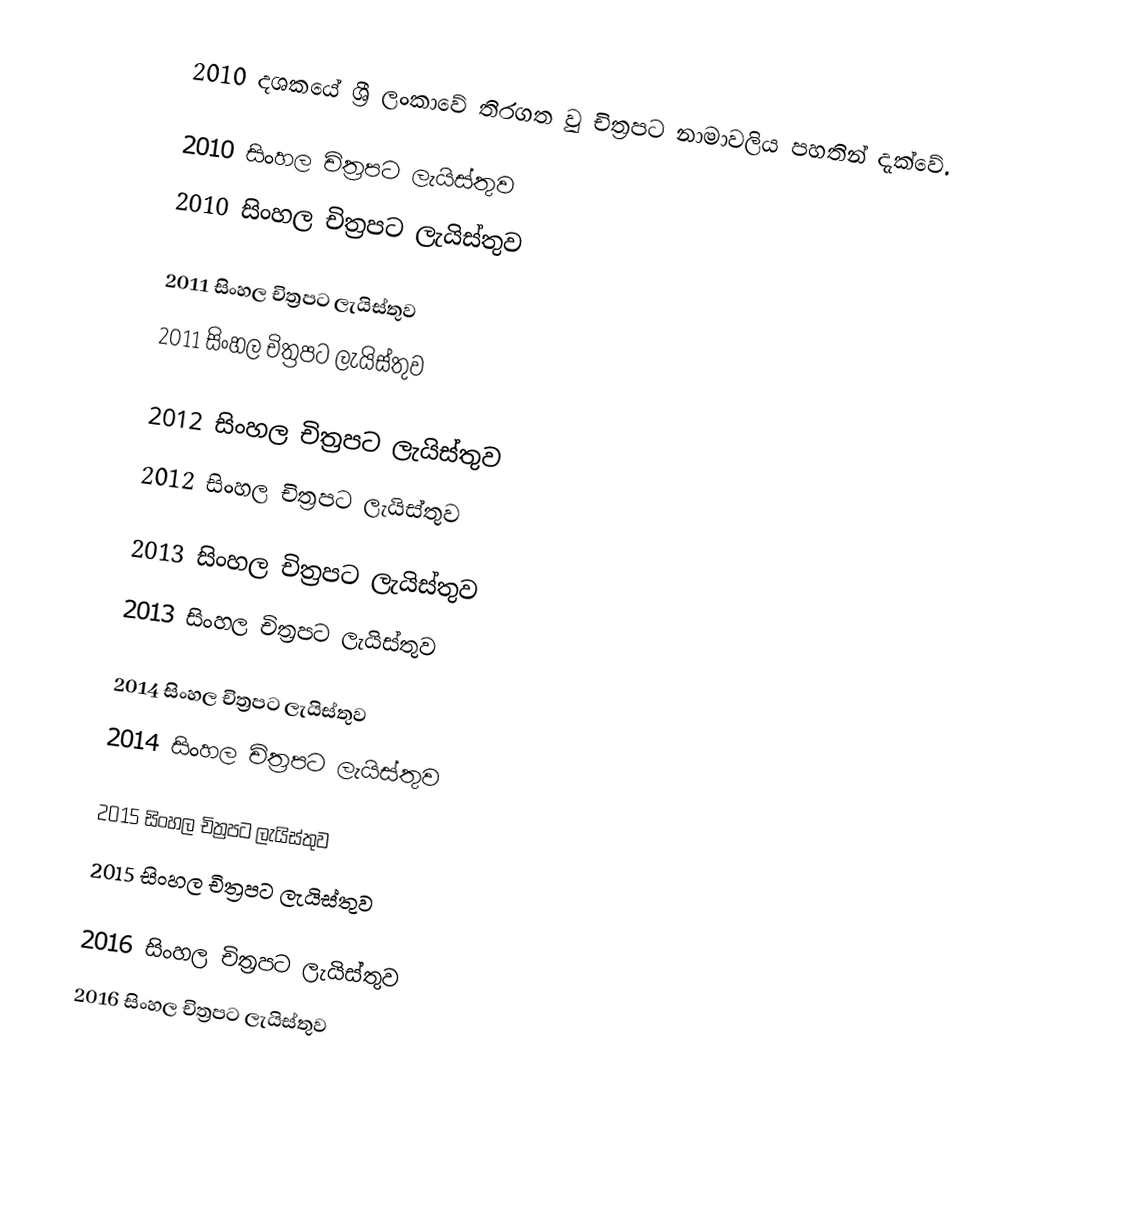
2010 දශකයේ ශ්‍රී ලංකාවේ තිරගත වු චිත්‍රපට නාමාවලිය පහතින් දැක්වේ.

2010 සිංහල චිත්‍රපට ලැයිස්තුව
2010 සිංහල චිත්‍රපට ලැයිස්තුව

2011 සිංහල චිත්‍රපට ලැයිස්තුව
2011 සිංහල චිත්‍රපට ලැයිස්තුව

2012 සිංහල චිත්‍රපට ලැයිස්තුව
2012 සිංහල චිත්‍රපට ලැයිස්තුව

2013 සිංහල චිත්‍රපට ලැයිස්තුව
2013 සිංහල චිත්‍රපට ලැයිස්තුව

2014 සිංහල චිත්‍රපට ලැයිස්තුව
2014 සිංහල චිත්‍රපට ලැයිස්තුව

2015 සිංහල චිත්‍රපට ලැයිස්තුව
2015 සිංහල චිත්‍රපට ලැයිස්තුව

2016 සිංහල චිත්‍රපට ලැයිස්තුව
2016 සිංහල චිත්‍රපට ලැයිස්තුව